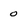
Character: 0